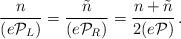
LaTeX: \begin{align*}\frac{n}{(e{\cal P}_{L})}= \frac{\tilde{n}}{(e{\cal P}_{R})} = \frac{n+\tilde{n}}{2(e{\cal P})} \,.\end{align*}